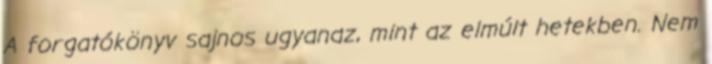
A forgatókönyv sajnos ugyanaz, mint az elmúlt hetekben. Nem